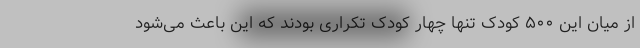
از میان این ۵۰۰ کودک تنها چهار کودک تکراری بودند که این باعث می‌شود